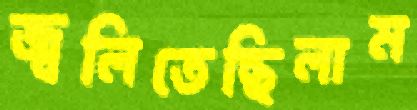
জ্বলিতেছিলাম